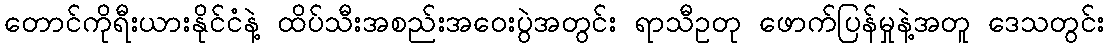
တောင်ကိုရီးယားနိုင်ငံနဲ့ ထိပ်သီးအစည်းအဝေးပွဲအတွင်း ရာသီဥတု ဖောက်ပြန်မှုနဲ့အတူ ဒေသတွင်း